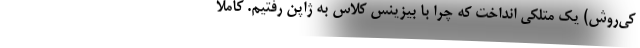
کی‌روش) یک متلکی انداخت که چرا با بیزینس کلاس به ژاپن رفتیم. کاملاً